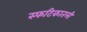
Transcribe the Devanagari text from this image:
स्फटिकातली